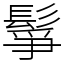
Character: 鬇